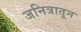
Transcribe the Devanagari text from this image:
जनित्रातून